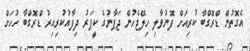
އެގޮތުން ޑްރޮގްބާ ކުރިއަށް ފޮނުވާލި ހިލޭޖެހުން ޖަޕާނުގެ ކީޕަރު ދިފާއުކުރިއިރު ޑްރޮގްބާ ހުހަށް